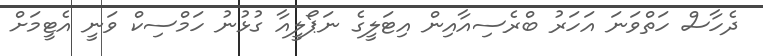
ދެހާސް ހަތްވަނަ އަހަރު ބްރެސިއާއިން އިޓަލީގެ ނަޕޯލީއާ ގުޅުނު ހަމްސިކް ވަނީ އެޓީމަށް